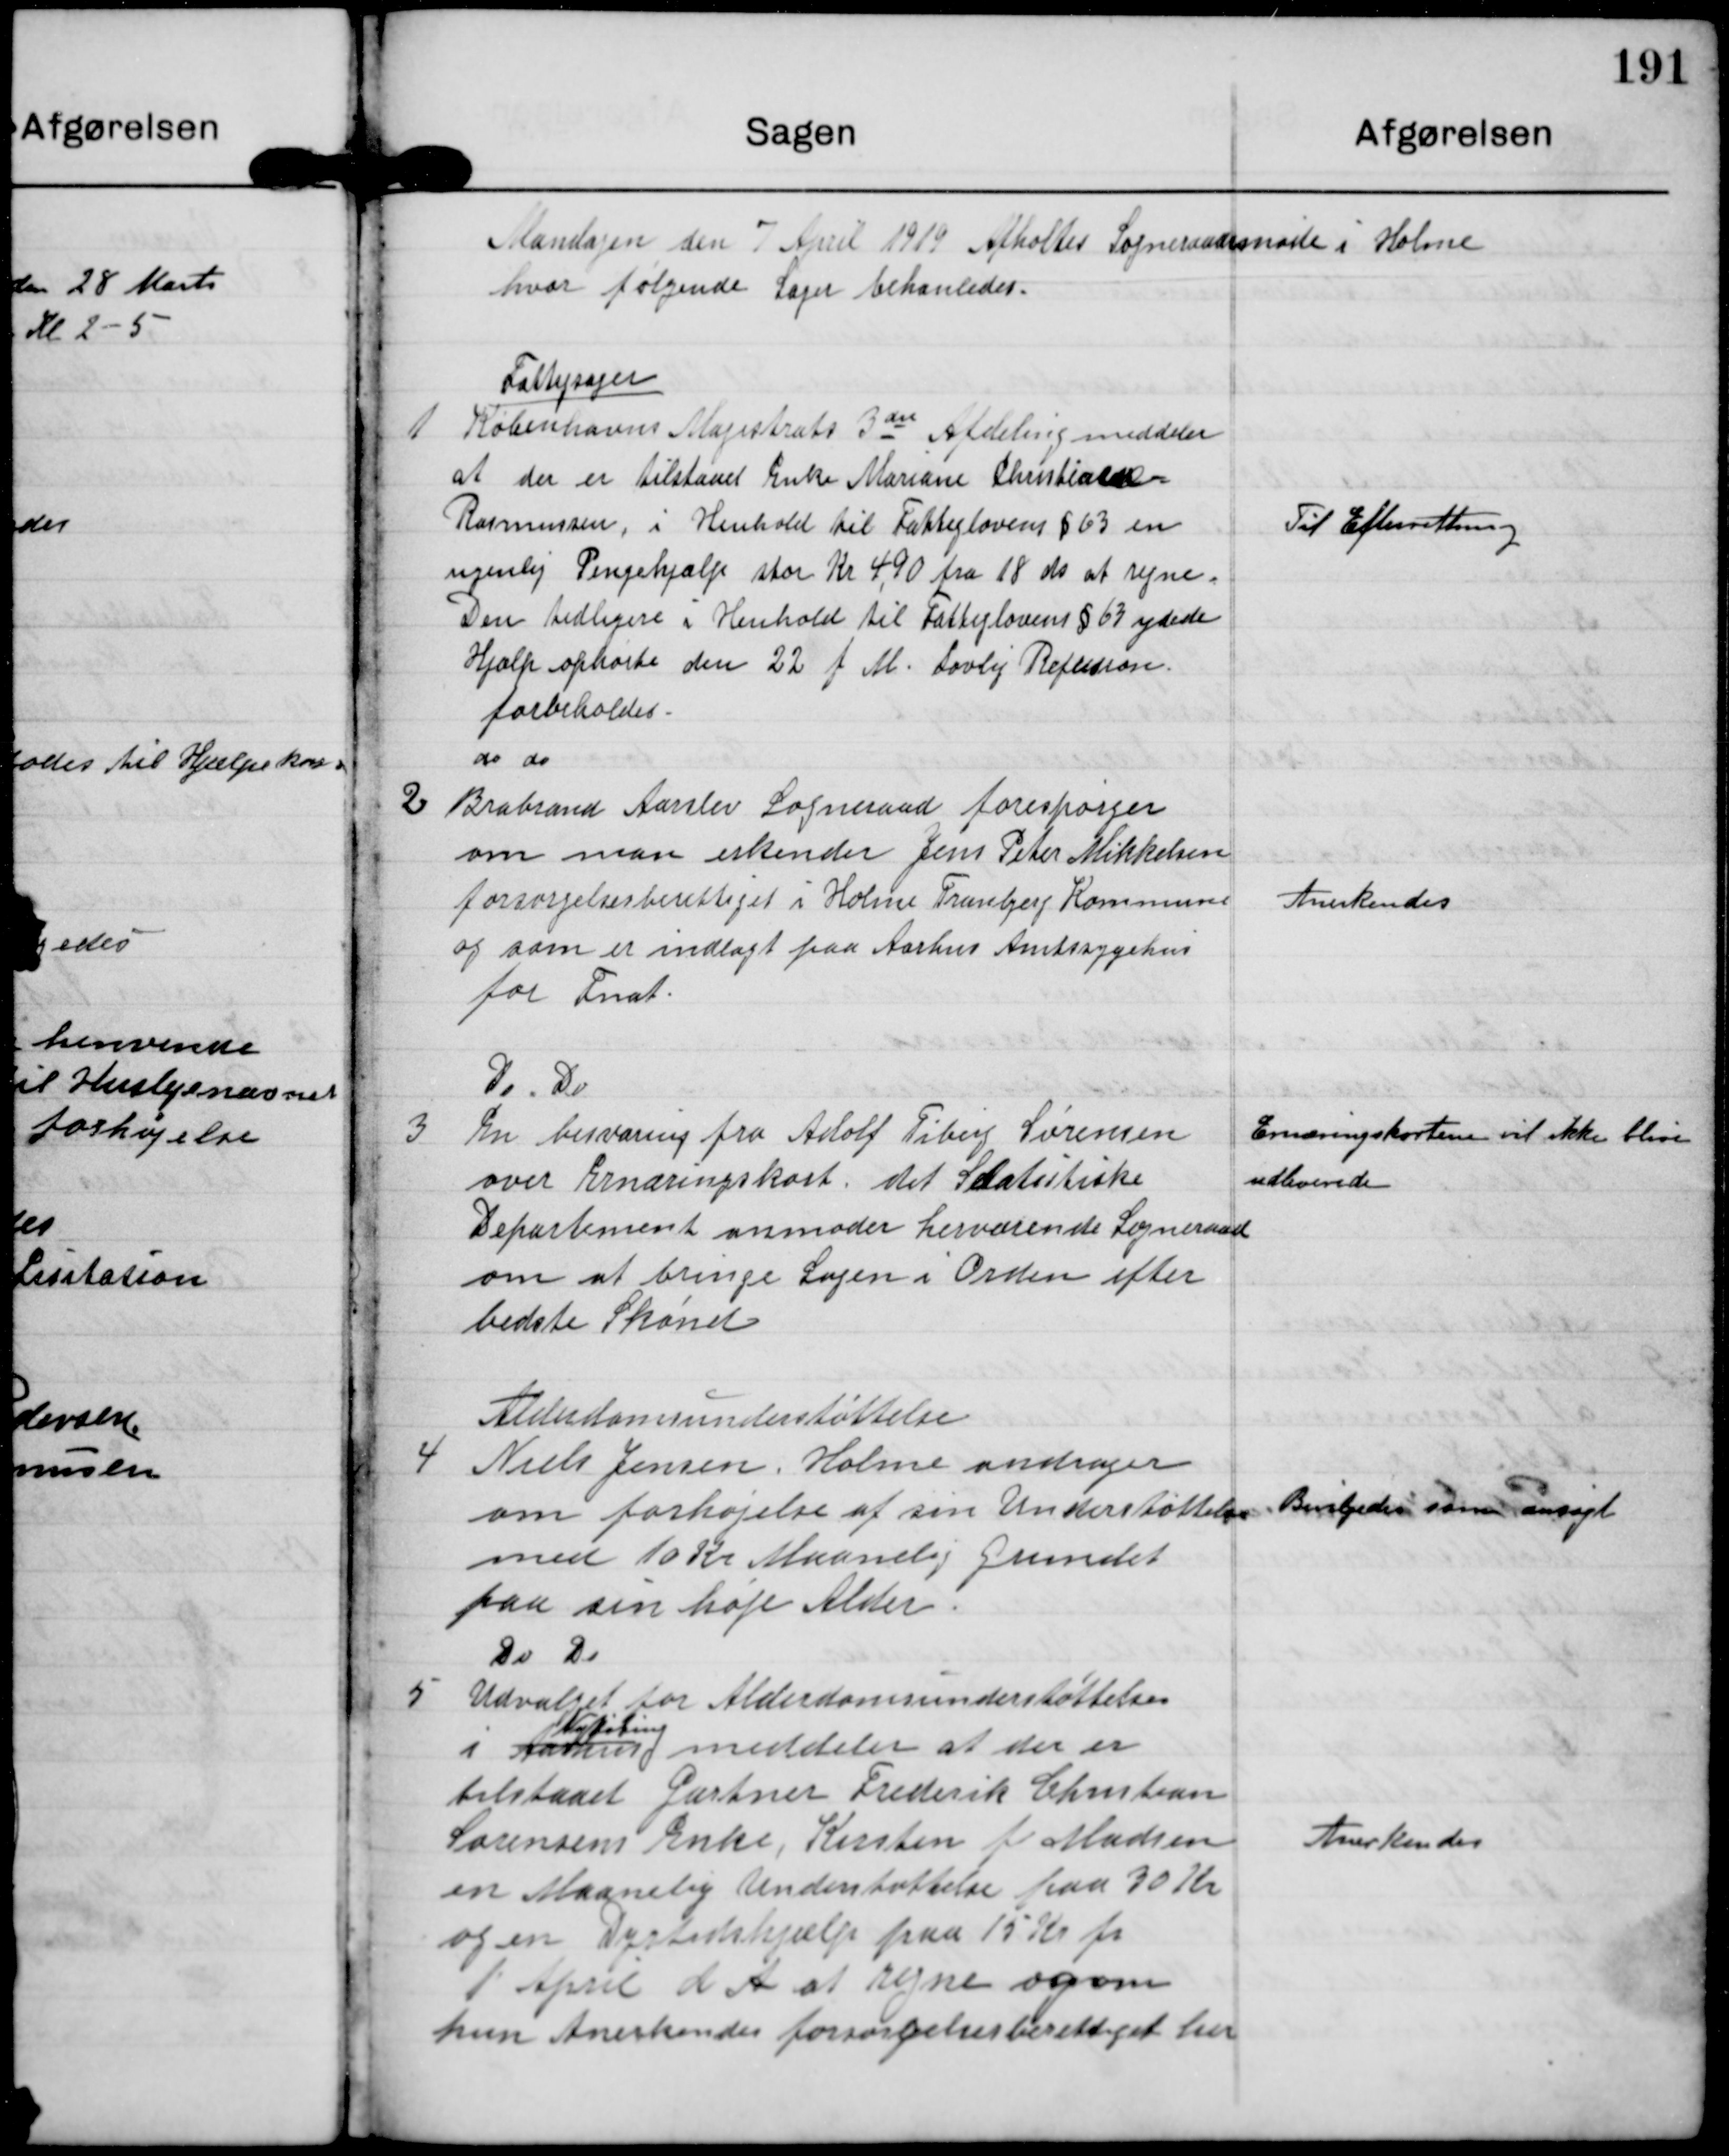
Transskription:
Mandagen den 7 Apri 1919 Afholdtes Sogneraadsmøde i Holme
hvor følgende Sager behandledes

Fattigsager
1 Københavns Magistrats 3die Afdeling meddeler
at der er tilstaaet Enke Mariane Christiane
Rasmussen i Henhold til Fattiglovens §63 en
ugenlig Pengehjælp stor Kr 4,90 fra 18 ds at regne.
Den tidligere i Henhold til Fattiglovens §63 ydede
Hjælp ophørte den 22 f. M. Lovlig Refusion
forbeholdes

Til Efterretning

do do
2 Brabrand Aarslev Sogneraad forespørger
om man erkender Jens Peter Mikkelsen
forsørgelsesberetttiget i Holme Tranbjerg Kommune
og som er indlagt paa Aarhus Amtssygehus
for Fnat.

Anerkendes

Do Do
3 En besvaring fra Adolf Tiberg Sørensen
over Ernæringskort i det Statistiske
Departement anmoder herværende Sogneraad
om at bringe Sagen i Orden efter
bedste Skønet.

Ernæringskortene vil ikke blive
udleverede.

Alderdomsunderstøttelse
4 Niels Jensen Holme andrager
om forhøjelse af sin Understøttelse
med 10 Kr Maanelig grundet
paa sin høje Alder

Bevilgedes som ansøgt

Do Do
5 Udvalget for Alderdomsunderstøttelse
Nykøbing
i Aarhus meddeler at der er
tilstaaet Gartner Frederik Christen
Sørensens Enke, Kirsten f. Madsen
en Maanelig Understøttelse paa 30 Kr
og en Dyrtidshjælp paa 15 Kr f
1 April d A at regne og om
hun Anderkendes forsørgelsesberettiget her

Anerkendes